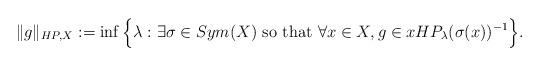
LaTeX: \begin{align*}\|g\|_{HP,X}:=\inf \Big \{ \lambda: \exists \sigma\in Sym(X) \mbox{ so that } \forall x\in X, g \in x HP_\lambda (\sigma(x))^{-1} \Big \}.\end{align*}